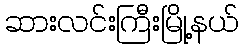
ဆားလင်းကြီးမြို့နယ်